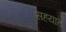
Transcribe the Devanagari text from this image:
सहयात